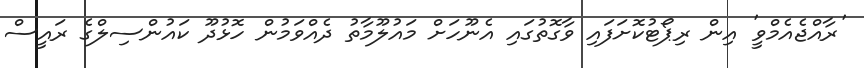
'ރާއްޖެއެމްވީ' އިން ރިޕޯޓުކޮށަފައި ވާގޮތުގައި އެނޫހަށް މައުލޫމާތު ދެއްވަމުން ހޮޅުދޫ ކައުންސިލްގެ ރައީސް